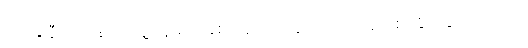
သေခါနီးအချိန်က သူ့မိန်းမရဲ့ ခံစားချက်တွေကို ကိုယ်ချင်းစာနိုင်သွားတယ်တဲ့